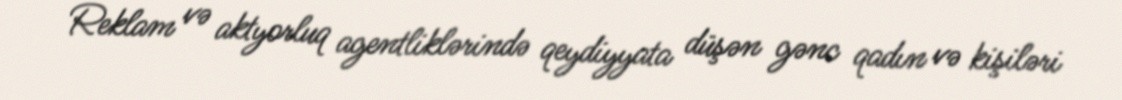
Reklam və aktyorluq agentliklərində qeydiyyata düşən gənc qadın və kişiləri